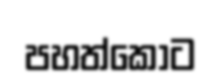
පහත්කොට